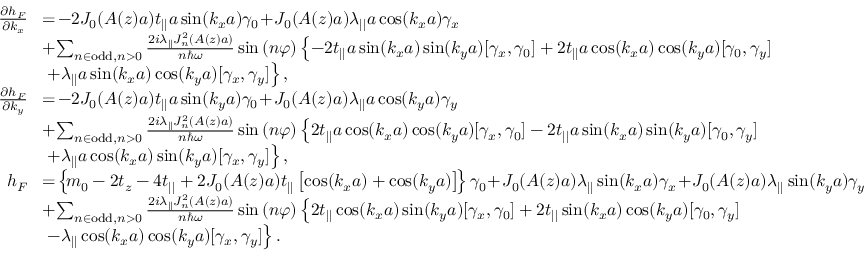
\begin{array} { r l } { \frac { \partial h _ { F } } { \partial k _ { x } } } & { \! = \! - 2 { \cal J } _ { 0 } ( A ( z ) a ) t _ { | | } a \sin ( k _ { x } a ) \gamma _ { 0 } \! + \! { \cal J } _ { 0 } ( A ( z ) a ) \lambda _ { | | } a \cos ( k _ { x } a ) \gamma _ { x } } \\ & { \! + \! \sum _ { n \in \mathrm { o d d } , n > 0 } \frac { 2 i \lambda _ { | | } { \cal J } _ { n } ^ { 2 } ( A ( z ) a ) } { n \hbar \omega } \sin \left( n \varphi \right) \left\{ - 2 t _ { | | } a \sin ( k _ { x } a ) \sin ( k _ { y } a ) [ \gamma _ { x } , \gamma _ { 0 } ] + 2 t _ { | | } a \cos ( k _ { x } a ) \cos ( k _ { y } a ) [ \gamma _ { 0 } , \gamma _ { y } ] \right. } \\ & { \left. + \lambda _ { | | } a \sin ( k _ { x } a ) \cos ( k _ { y } a ) [ \gamma _ { x } , \gamma _ { y } ] \right\} , } \\ { \frac { \partial h _ { F } } { \partial k _ { y } } } & { \! = \! - 2 { \cal J } _ { 0 } ( A ( z ) a ) t _ { | | } a \sin ( k _ { y } a ) \gamma _ { 0 } \! + \! { \cal J } _ { 0 } ( A ( z ) a ) \lambda _ { | | } a \cos ( k _ { y } a ) \gamma _ { y } } \\ & { \! + \! \sum _ { n \in \mathrm { o d d } , n > 0 } \frac { 2 i \lambda _ { | | } { \cal J } _ { n } ^ { 2 } ( A ( z ) a ) } { n \hbar \omega } \sin \left( n \varphi \right) \left\{ 2 t _ { | | } a \cos ( k _ { x } a ) \cos ( k _ { y } a ) [ \gamma _ { x } , \gamma _ { 0 } ] - 2 t _ { | | } a \sin ( k _ { x } a ) \sin ( k _ { y } a ) [ \gamma _ { 0 } , \gamma _ { y } ] \right. } \\ & { \left. + \lambda _ { | | } a \cos ( k _ { x } a ) \sin ( k _ { y } a ) [ \gamma _ { x } , \gamma _ { y } ] \right\} , } \\ { h _ { F } } & { \! = \! \left\{ \! m _ { 0 } - 2 t _ { z } - 4 t _ { | | } + 2 { \cal J } _ { 0 } ( A ( z ) a ) t _ { | | } \left[ \cos ( k _ { x } a ) + \cos ( k _ { y } a ) \right] \! \right\} \gamma _ { 0 } \! + \! { \cal J } _ { 0 } ( A ( z ) a ) \lambda _ { | | } \sin ( k _ { x } a ) \gamma _ { x } \! + \! { \cal J } _ { 0 } ( A ( z ) a ) \lambda _ { | | } \sin ( k _ { y } a ) \gamma _ { y } } \\ & { \! + \! \sum _ { n \in \mathrm { o d d } , n > 0 } \frac { 2 i \lambda _ { | | } { \cal J } _ { n } ^ { 2 } ( A ( z ) a ) } { n \hbar \omega } \sin \left( n \varphi \right) \left\{ 2 t _ { | | } \cos ( k _ { x } a ) \sin ( k _ { y } a ) [ \gamma _ { x } , \gamma _ { 0 } ] + 2 t _ { | | } \sin ( k _ { x } a ) \cos ( k _ { y } a ) [ \gamma _ { 0 } , \gamma _ { y } ] \right. } \\ & { \left. - \lambda _ { | | } \cos ( k _ { x } a ) \cos ( k _ { y } a ) [ \gamma _ { x } , \gamma _ { y } ] \right\} . } \end{array}